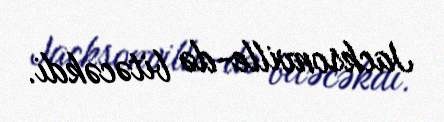
Jacksonville-də bitəcəkdi.